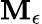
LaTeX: \mathbf{M}_{\epsilon}